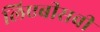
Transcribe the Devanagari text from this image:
लिएबीसवीं